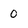
Character: 0